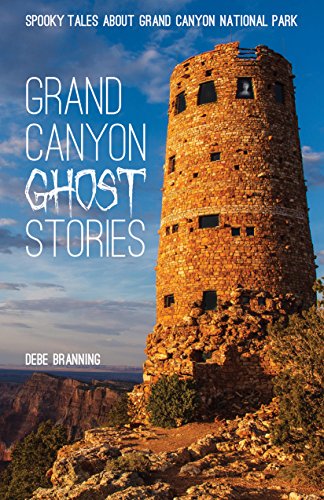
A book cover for Grand Canyon Ghost Stories; Debe Branning; Travel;